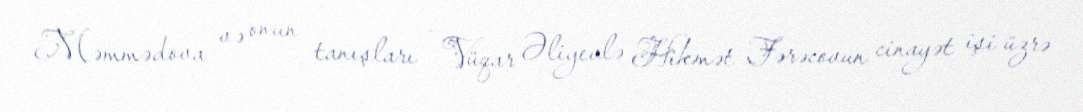
Məmmədova və onun tanışları - Vüqar Əliyevlə Hikmət Fərəcovun cinayət işi üzrə